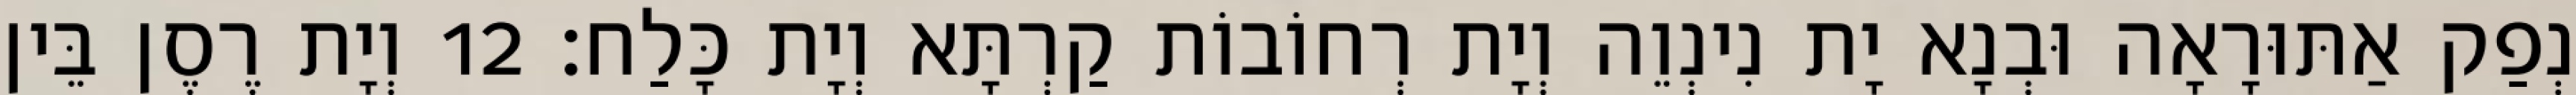
נְפַק אַתּוּרָאָה וּבְנָא יָת נִינְוֵה וְיָת רְחוֹבוֹת קַרְתָּא וְיָת כָּלַח׃ 12 וְיָת רֶסֶן בֵּין